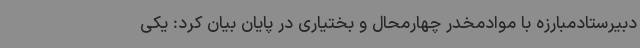
دبیرستادمبارزه با موادمخدر چهارمحال و بختیاری در پایان بیان کرد: یکی